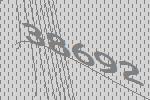
38692